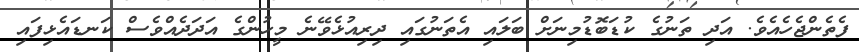
ފެތެންޖެހެއެވެ. އަދި ތަނުގެ ކުޑަބޮޑުމިނަށް ބަލައި އެތަނުގައި ދިރިއުޅެވޭނެ މީހުންގެ އަދަދެއްވެސް ކަނޑައެޅިފައި